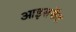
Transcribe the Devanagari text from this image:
आइसकॅट